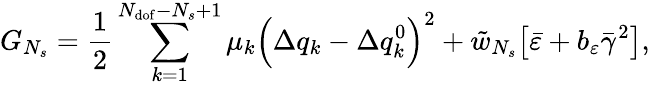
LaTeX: G_{N_{s}}=\frac{1}{2}\sum_{k=1}^{N_{\mathrm{dof}}-N_{s}+1}{\mu_{k}\Big(\Delta q_{k}-\Delta q_{k}^{0}\Big)^{2}}+\tilde{w}_{N_{s}}\big[\bar{\varepsilon}+b_{\varepsilon}\bar{\gamma}^{2}\big],